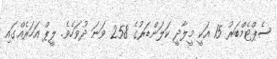
ސެޕްޓެމްބަރު 15 އަކީ މީލާދީ ކަލަންޑަރުގެ 258 ވަނަ ދުވަހެވެ. ލީޕް އަހަރެއްގައި